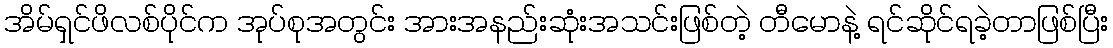
အိမ်ရှင်ဖိလစ်ပိုင်က အုပ်စုအတွင်း အားအနည်းဆုံးအသင်းဖြစ်တဲ့ တီမောနဲ့ ရင်ဆိုင်ရခဲ့တာဖြစ်ပြီး